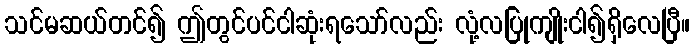
သင်မဆယ်တင်၍ ဤတွင်ပင်ငါဆုံးရသော်လည်း လုံ့လပြုကျိုးငါ၍ရှိလေပြီ။